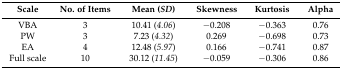
<table><thead><tr><td><b>Scale</b></td><td><b>No. of Items</b></td><td><b>Mean (<i>SD</i>)</b></td><td><b>Skewness</b></td><td><b>Kurtosis</b></td><td><b>Alpha</b></td></tr></thead><tbody><tr><td>VBA</td><td>3</td><td>10.41 (<i>4.06</i>)</td><td>−0.208</td><td>−0.363</td><td>0.76</td></tr><tr><td>PW</td><td>3</td><td>7.23 (<i>4.32</i>)</td><td>0.269</td><td>−0.698</td><td>0.73</td></tr><tr><td>EA</td><td>4</td><td>12.48 (<i>5.97</i>)</td><td>0.166</td><td>−0.741</td><td>0.87</td></tr><tr><td>Full scale</td><td>10</td><td>30.12 (<i>11.45</i>)</td><td>−0.059</td><td>−0.306</td><td>0.86</td></tr></tbody></table>